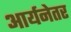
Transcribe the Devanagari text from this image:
आर्यनेतर